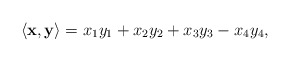
\begin{align*}\langle \mathbf{x}, \mathbf{y} \rangle= x_1y_1 + x_2y_2 + x_3y_3 - x_4y_4,\end{align*}